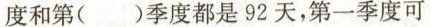
度和第()季度都是92天，第一季度可